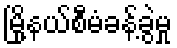
မြို့နယ်စီမံခန့်ခွဲမှု